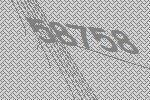
58758